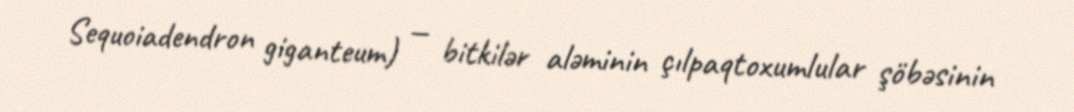
Sequoiadendron giganteum) — bitkilər aləminin çılpaqtoxumlular şöbəsinin